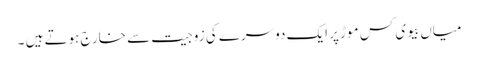
میاں بیوی کس موڑ پر ایک دوسرے کی زوجیت سے خارج ہوتے ہیں ۔